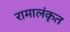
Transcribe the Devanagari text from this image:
रामालंकृत